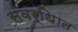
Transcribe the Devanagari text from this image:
संवर्धिात